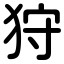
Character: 狩